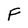
Character: F